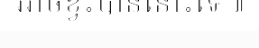
អាចខ្វះបាននោះទេ៕